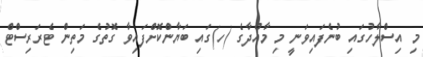
މި އިސްލާހުގައި ބުނެފައިވަނީ މި މާއްދާގެ (ހ)ގައި ބަޔާންކޮށްފައިވާ ގޮތުގެ މަތިން ޓެރަރިސްޓް